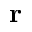
\mathbf { r }